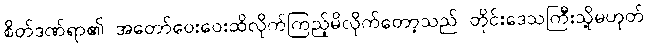
စိတ်ဒဏ်ရာ၏ အတော်ဝေးဝေးထိလိုက်ကြည့်မိလိုက်တော့သည် တိုင်းဒေသကြီးသို့မဟုတ်